Indian journal of veterinary science and animal husbandry - Volume 3,
Year: 1933
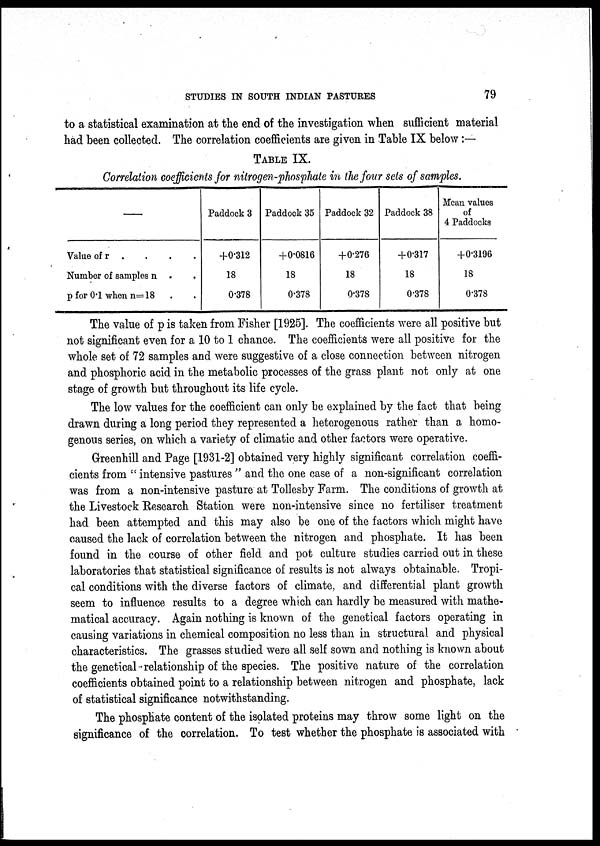
STUDIES IN SOUTH INDIAN PASTURES
79
to a statistical examination at the end of the investigation when sufficient material
had been collected. The correlation coefficients are given in Table IX below :—
TABLE IX.
Correlation coefficients for nitrogen-phosphate in the four sets of samples.
—
Value of r
Number of samples n
p for 0.1 when n= 18
Paddock 3
+0.312
18
0.378
Paddock 35
+0.0816
18
0.378
Paddock 32
+0.276
18
0.378
Paddock 38
+0.317
18
0.378
Mean values
of
4 Paddocks
+0.3196
18
0.378
The value of p is taken from Fisher [1925]. The coefficients were all positive but
not significant even for a 10 to 1 chance. The coefficients were all positive for the
whole set of 72 samples and were suggestive of a close connection between nitrogen
and phosphoric acid in the metabolic processes of the grass plant not only at one
stage of growth but throughout its life cycle.
The low values for the coefficient can only be explained by the fact that being
drawn during a long period they represented a heterogenous rather than a. homo-
genous series, on which a variety of climatic and other factors were operative.
Greenhill and Page [1931-2] obtained very highly significant correlation coeffi-
cients from " intensive pastures " and the one case of a non-significant correlation
was from a non-intensive pasture at Tollesby Farm. The conditions of growth at
the Livestock Research Station were non-intensive since no fertiliser treatment
had been attempted and this may also be one of the factors which might have
caused the lack of correlation between the nitrogen and phosphate. It has been
found in the course of other field and pot culture studies carried out in these
laboratories that statistical significance of results is not always obtainable. Tropi-
cal conditions with the diverse factors of climate, and differential plant growth
seem to influence results to a degree which can hardly be measured with mathe-
matical accuracy. Again nothing is known of the genetical factors operating in
causing variations in chemical composition no less than in structural and physical
characteristics. The grasses studied were all self sown and nothing is known about
the genetical relationship of the species. The positive nature of the correlation
coefficients obtained point to a relationship between nitrogen and phosphate, lack
of statistical significance notwithstanding.
The phosphate content of the isolated proteins may throw some light on the
significance of the correlation. To test whether the phosphate is associated with